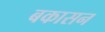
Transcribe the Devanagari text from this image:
बकासन